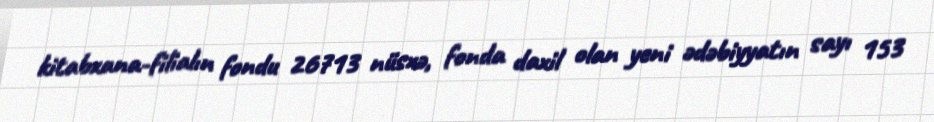
kitabxana-filialın fondu 26713 nüsxə, fonda daxil olan yeni ədəbiyyatın sayı 153